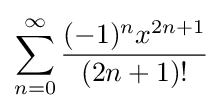
\sum _{n=0}^{\infty }{\frac {(-1)^{n}x^{2n+1}}{(2n+1)!}}